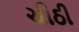
ચીઠી